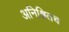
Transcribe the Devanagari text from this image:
अनिश्चितच